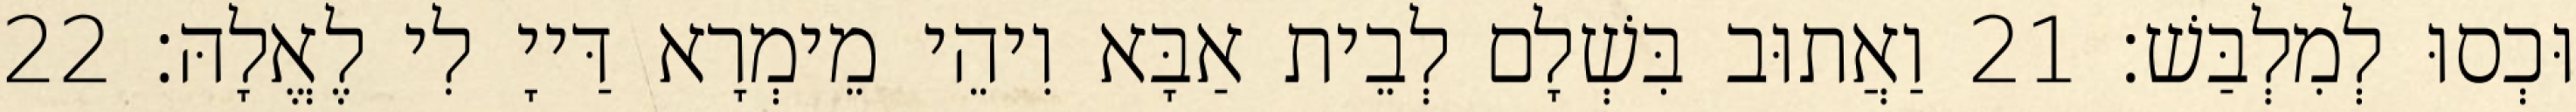
וּכְסוּ לְמִלְבַּשׁ׃ 21 וַאֲתוּב בִּשְׁלָם לְבֵית אַבָּא וִיהֵי מֵימְרָא דַּייָ לִי לֶאֱלָהּ׃ 22